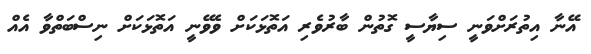
އޭނާ އިތުރަށްވަނީ ސިޔާސީ ގޮތުން ބާރުވެރި އަތޮޅަކަށް ވެވޭނީ އަތޮޅަކަށް ނިސްބަތްވާ އެއް